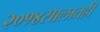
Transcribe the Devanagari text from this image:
२०१४सालातही